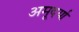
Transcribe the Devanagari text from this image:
अमूदर्या